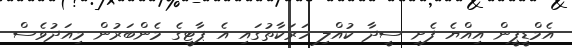
އެމްޑީޕީން އިއްޔެ ފެށި ސީދާ ކުއްލި ހަރަކާތުގައި އެ ޕާޓީގެ މެންބަރުން މިއަދުވެސް